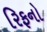
રિફનો